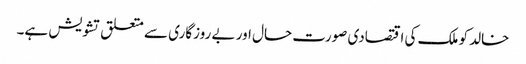
خالد کو ملک کی اقتصادی صورت حال اور بے روزگاری سے متعلق تشویش ہے۔